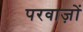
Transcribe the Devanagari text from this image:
परवाज़ों